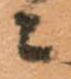
々